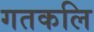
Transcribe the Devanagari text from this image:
गतकलि